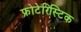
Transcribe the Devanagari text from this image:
फ्रोटेरिस्टिक